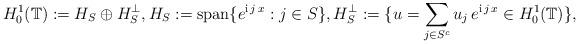
LaTeX: \begin{align*}H_0^1(\mathbb{T}):=H_S\oplus H_S^{\perp}, H_S:=\mbox{span}\{ e^{\mathrm{i}\,j\,x} : j\in S \}, H_S^{\perp}:=\{u=\sum_{j\in S^c} u_j\,e^{\mathrm{i}\,j\,x}\in H_0^1(\mathbb{T}) \},\end{align*}